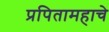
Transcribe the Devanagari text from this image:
प्रपितामहाचे